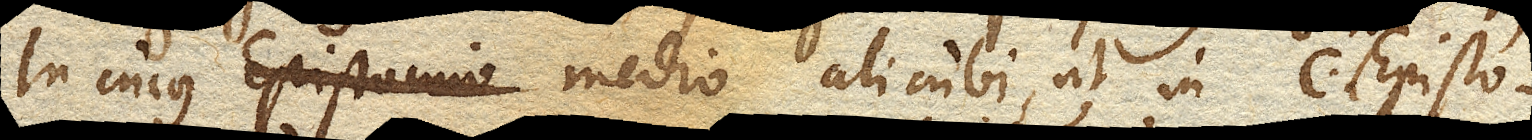
in cujus medio alicubi, ut in c. sit Episto–